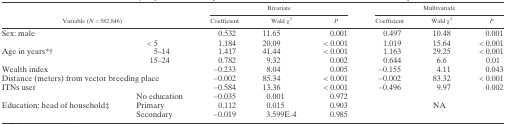
| <ROWSPAN=2-COLSPAN=2> Variable (N = 582,846) | <COLSPAN=3> Bivariate | <COLSPAN=3> Multivariate |
 | Coefficient | Wald χ2 | P | Coefficient | Wald χ2 | P |
 | --- | --- | --- | --- | --- | --- | --- | --- |
 | <COLSPAN=2> Sex: male | 0.532 | 11.65 | 0.001 | 0.497 | 10.48 | 0.001 |
 | <ROWSPAN=3> Age in years*† | < 5 | 1.184 | 20.09 | < 0.001 | 1.019 | 15.64 | < 0.001 |
 | 5–14 | 1.417 | 41.44 | < 0.001 | 1.163 | 29.25 | < 0.001 |
 | 15–24 | 0.782 | 9.32 | 0.002 | 0.644 | 6.6 | 0.01 |
 | <COLSPAN=2> Wealth index | −0.233 | 8.04 | 0.005 | −0.155 | 4.11 | 0.043 |
 | <COLSPAN=2> Distance (meters) from vector breeding place | −0.002 | 85.34 | < 0.001 | −0.002 | 83.32 | < 0.001 |
 | <COLSPAN=2> ITNs user | −0.584 | 13.36 | < 0.001 | −0.496 | 9.97 | 0.002 |
 | <ROWSPAN=3> Education: head of household‡ | No education | −0.035 | 0.001 | 0.972 | <ROWSPAN=3-COLSPAN=3> NA |
 | Primary | 0.112 | 0.015 | 0.903 |
 | Secondary | −0.019 | 3.599E-4 | 0.985 |